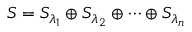
S = { { S } _ { { \lambda } _ { 1 } } } \oplus { { S } _ { { \lambda } _ { 2 } } } \oplus \cdots \oplus { { S } _ { { \lambda } _ { n } } }